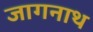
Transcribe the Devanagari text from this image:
जागनाथ